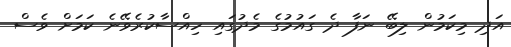
އަދި މިކަމުން ލިބޭ ނަފާ ދެ ގަައުމުގެ މެދުގައި ހިއްސާކުރެވޭނެ ކަމަށް ވެސް